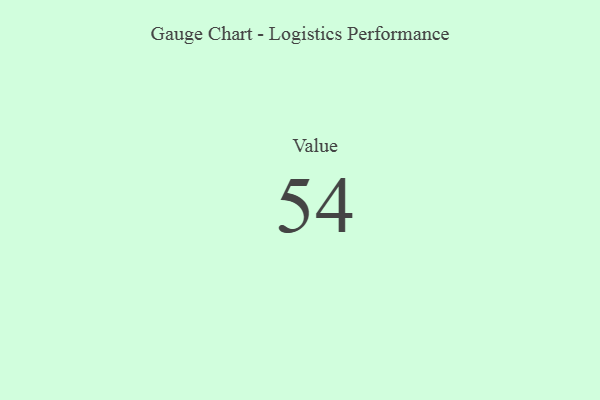
{"axis": {"x": "Metric", "y": "Value"}, "legend": [""], "data": [{"x": "Value", "y": 54, "type": ""}]}